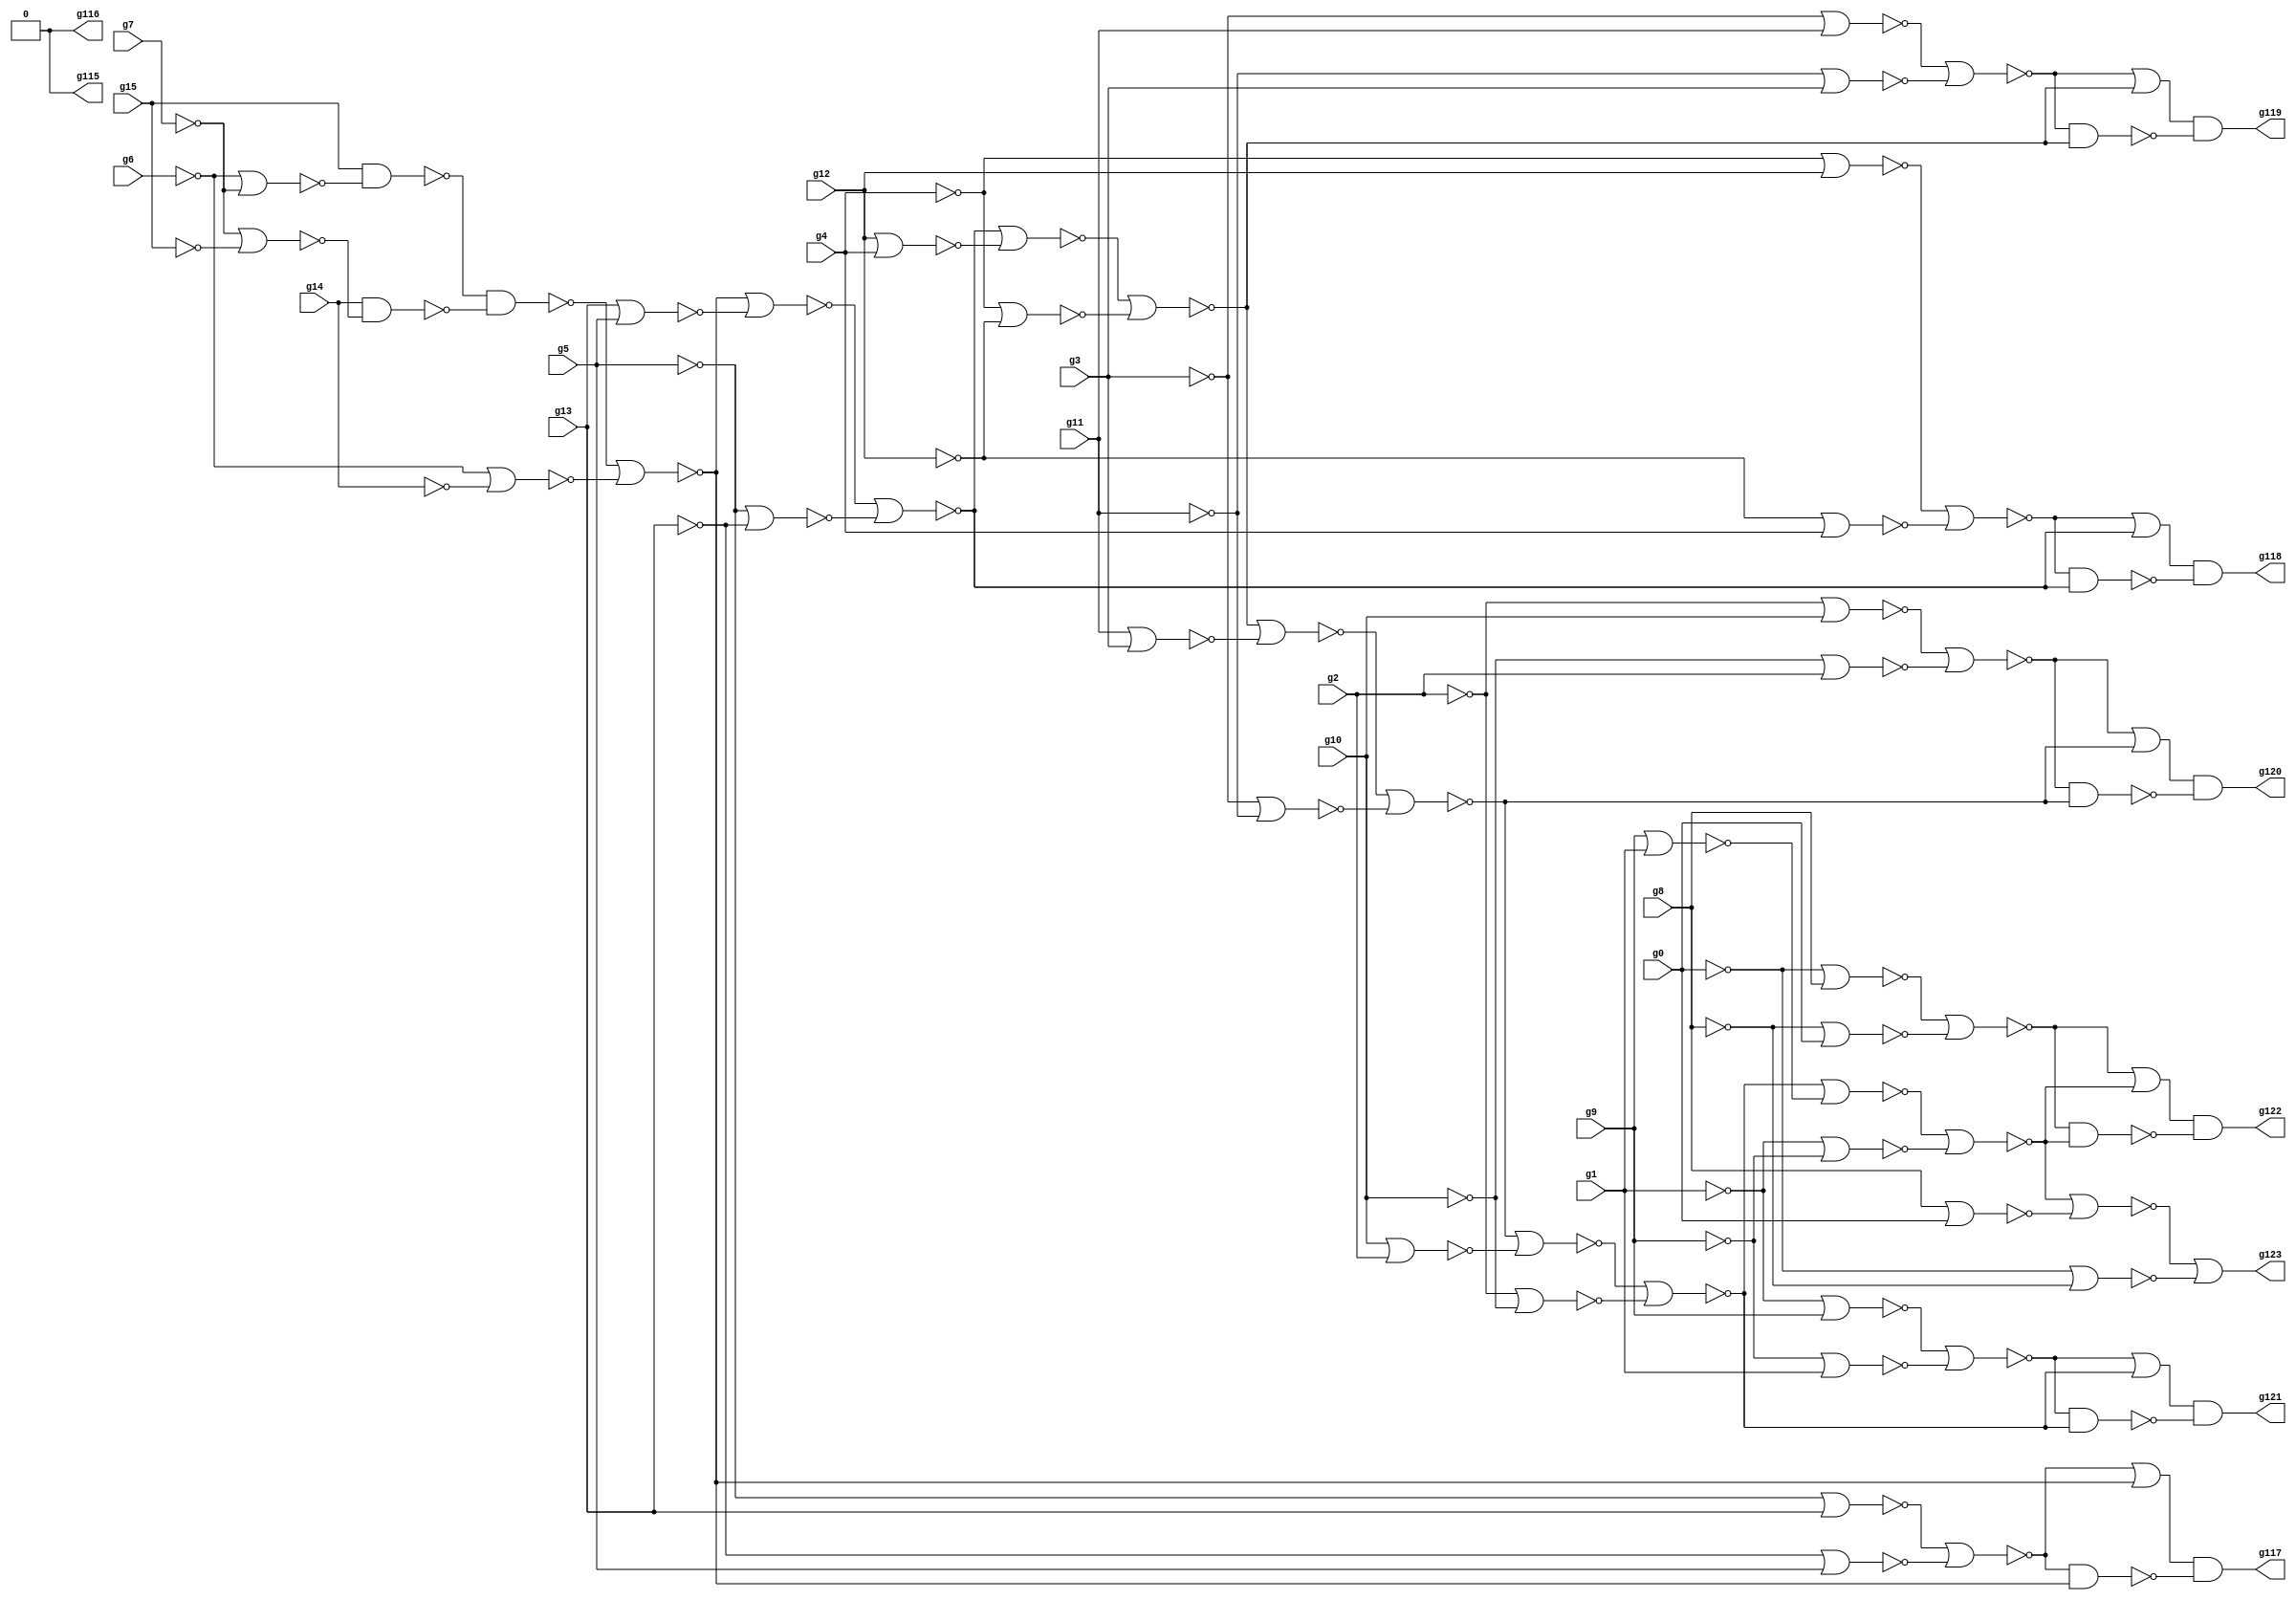
// Benchmark "circuit" written by ABC on Wed Mar 16 10:20:12 2022

module circuit ( 
    g0, g1, g2, g3, g4, g5, g6, g7, g8, g9, g10, g11, g12, g13, g14, g15,
    g123, g122, g121, g120, g119, g118, g117, g116, g115  );
  input  g0, g1, g2, g3, g4, g5, g6, g7, g8, g9, g10, g11, g12, g13, g14,
    g15;
  output g123, g122, g121, g120, g119, g118, g117, g116, g115;
  wire g16, g20, g25, g29, g30, g31, g32, g33, g34, g35, g36, g37, g38, g39,
    g40, g41, g42, g43, g44, g45, g46, g47, g48, g49, g50, g51, g52, g53,
    g54, g55, g56, g57, g58, g59, g60, g61, g62, g63, g64, g65, g66, g67,
    g68, g69, g70, g71, g72, g73, g74, g75, g76, g77, g78, g79, g80, g81,
    g82, g83, g84, g85, g86, g87, g88, g89, g90, g91, g92, g93, g94, g95,
    g96, g97, g98, g99, g100, g101, g102, g103, g104, g105, g108, g109,
    g110, g111, g112, g113, g114, \0 ;
  assign g16 = ~g15;
  assign g20 = ~g14;
  assign g25 = ~g7 | ~g15;
  assign g29 = ~g13;
  assign g30 = ~g5 | ~g29;
  assign g31 = ~g5;
  assign g32 = ~g13 | ~g31;
  assign g33 = ~g30 | ~g32;
  assign g34 = ~g6 | ~g7;
  assign g35 = ~g16 & ~g34;
  assign g36 = ~g20 & ~g25;
  assign g37 = ~g35 & ~g36;
  assign g38 = ~g6 | ~g14;
  assign g39 = ~g37 | ~g38;
  assign g40 = ~g33 | ~g39;
  assign g41 = ~g40;
  assign g42 = ~g33 & ~g39;
  assign g43 = ~g12;
  assign g44 = ~g4 | ~g43;
  assign g45 = ~g4;
  assign g46 = ~g12 | ~g45;
  assign g47 = ~g44 | ~g46;
  assign g48 = ~g29 | ~g31;
  assign g49 = ~g39 | ~g48;
  assign g50 = ~g5 | ~g13;
  assign g51 = ~g49 | ~g50;
  assign g52 = ~g47 | ~g51;
  assign g53 = ~g52;
  assign g54 = ~g47 & ~g51;
  assign g55 = ~g11;
  assign g56 = ~g3 | ~g55;
  assign g57 = ~g3;
  assign g58 = ~g11 | ~g57;
  assign g59 = ~g56 | ~g58;
  assign g60 = ~g43 | ~g45;
  assign g61 = ~g51 | ~g60;
  assign g62 = ~g4 | ~g12;
  assign g63 = ~g61 | ~g62;
  assign g64 = ~g59 | ~g63;
  assign g65 = ~g64;
  assign g66 = ~g59 & ~g63;
  assign g67 = ~g10;
  assign g68 = ~g2 | ~g67;
  assign g69 = ~g2;
  assign g70 = ~g10 | ~g69;
  assign g71 = ~g68 | ~g70;
  assign g72 = ~g55 | ~g57;
  assign g73 = ~g63 | ~g72;
  assign g74 = ~g3 | ~g11;
  assign g75 = ~g73 | ~g74;
  assign g76 = ~g71 | ~g75;
  assign g77 = ~g76;
  assign g78 = ~g71 & ~g75;
  assign g79 = ~g9;
  assign g80 = ~g1 | ~g79;
  assign g81 = ~g1;
  assign g82 = ~g9 | ~g81;
  assign g83 = ~g80 | ~g82;
  assign g84 = ~g67 | ~g69;
  assign g85 = ~g75 | ~g84;
  assign g86 = ~g2 | ~g10;
  assign g87 = ~g85 | ~g86;
  assign g88 = ~g83 | ~g87;
  assign g89 = ~g88;
  assign g90 = ~g83 & ~g87;
  assign g91 = ~g8;
  assign g92 = ~g0 | ~g91;
  assign g93 = ~g0;
  assign g94 = ~g8 | ~g93;
  assign g95 = ~g92 | ~g94;
  assign g96 = ~g79 | ~g81;
  assign g97 = ~g87 | ~g96;
  assign g98 = ~g1 | ~g9;
  assign g99 = ~g97 | ~g98;
  assign g100 = ~g95 | ~g99;
  assign g101 = ~g100;
  assign g102 = ~g95 & ~g99;
  assign g103 = ~g91 | ~g93;
  assign g104 = ~g99 | ~g103;
  assign g105 = ~g0 | ~g8;
  assign g108 = ~g41 & ~g42;
  assign g109 = ~g53 & ~g54;
  assign g110 = ~g65 & ~g66;
  assign g111 = ~g77 & ~g78;
  assign g112 = ~g89 & ~g90;
  assign g113 = ~g101 & ~g102;
  assign g114 = ~g104 | ~g105;
  assign g115 = \0 ;
  assign g116 = \0 ;
  assign g117 = g108;
  assign g118 = g109;
  assign g119 = g110;
  assign g120 = g111;
  assign g121 = g112;
  assign g122 = g113;
  assign g123 = g114;
  assign \0  = 1'b0;
endmodule